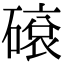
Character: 𥕦